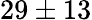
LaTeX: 29\pm 13